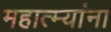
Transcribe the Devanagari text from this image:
महात्म्यांना